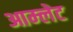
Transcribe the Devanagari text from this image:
आम्‍लेट